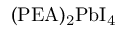
\mathrm { ( P E A ) _ { 2 } P b I _ { 4 } }